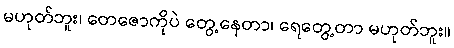
မဟုတ်ဘူး၊ တေဇောကိုပဲ တွေ့နေတာ၊ ရေတွေ့တာ မဟုတ်ဘူး။